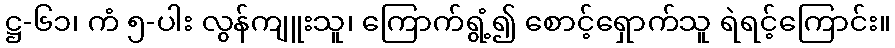
ဋ္ဌ-၆၁၊ ကံ ၅-ပါး လွန်ကျူးသူ၊ ကြောက်ရွံ့၍ စောင့်ရှောက်သူ ရဲရင့်ကြောင်း။